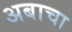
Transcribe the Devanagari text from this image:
अबाचा